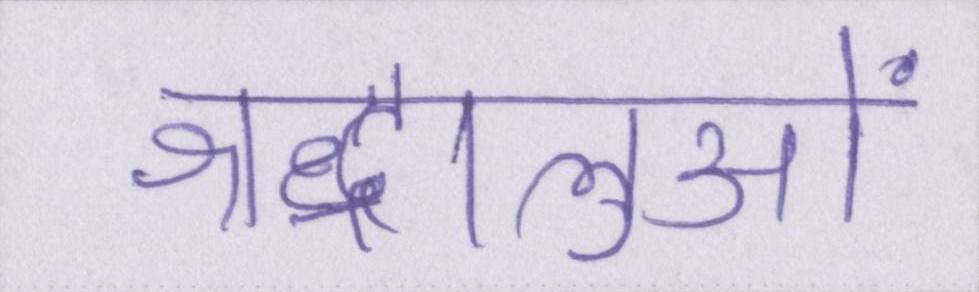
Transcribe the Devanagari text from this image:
श्रद्धालुओं